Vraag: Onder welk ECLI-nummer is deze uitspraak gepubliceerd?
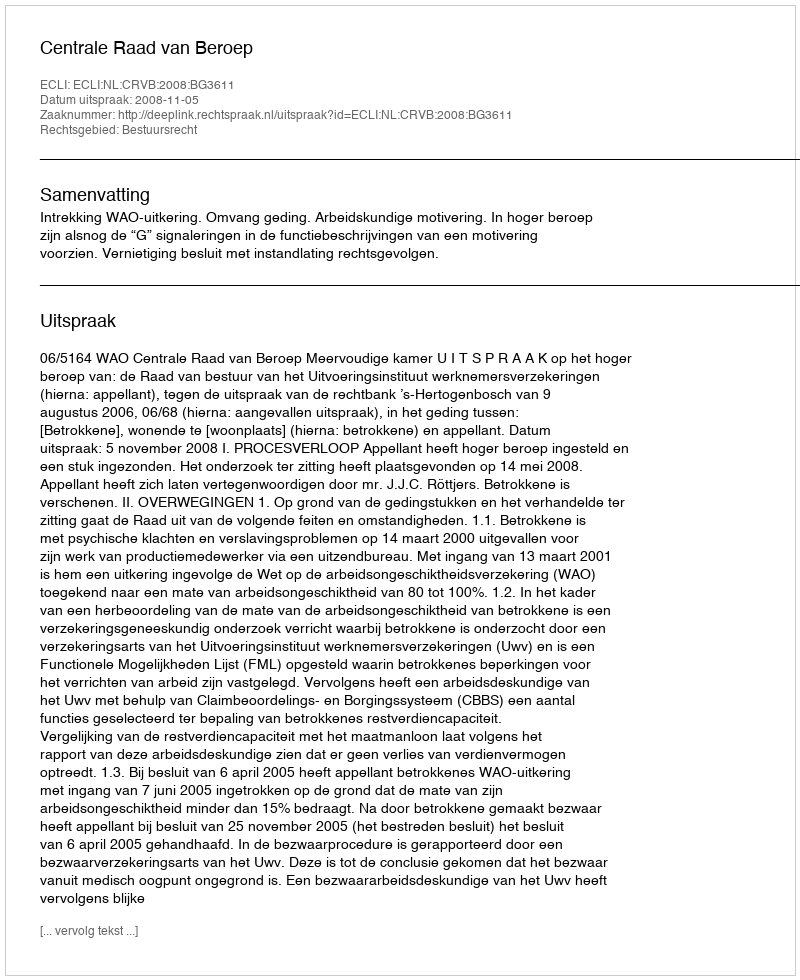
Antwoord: ECLI:NL:CRVB:2008:BG3611